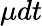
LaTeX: \mu dt